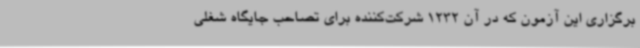
برگزاری این آزمون که در آن 1232 شرکت‌کننده برای تصاحب جایگاه شغلی